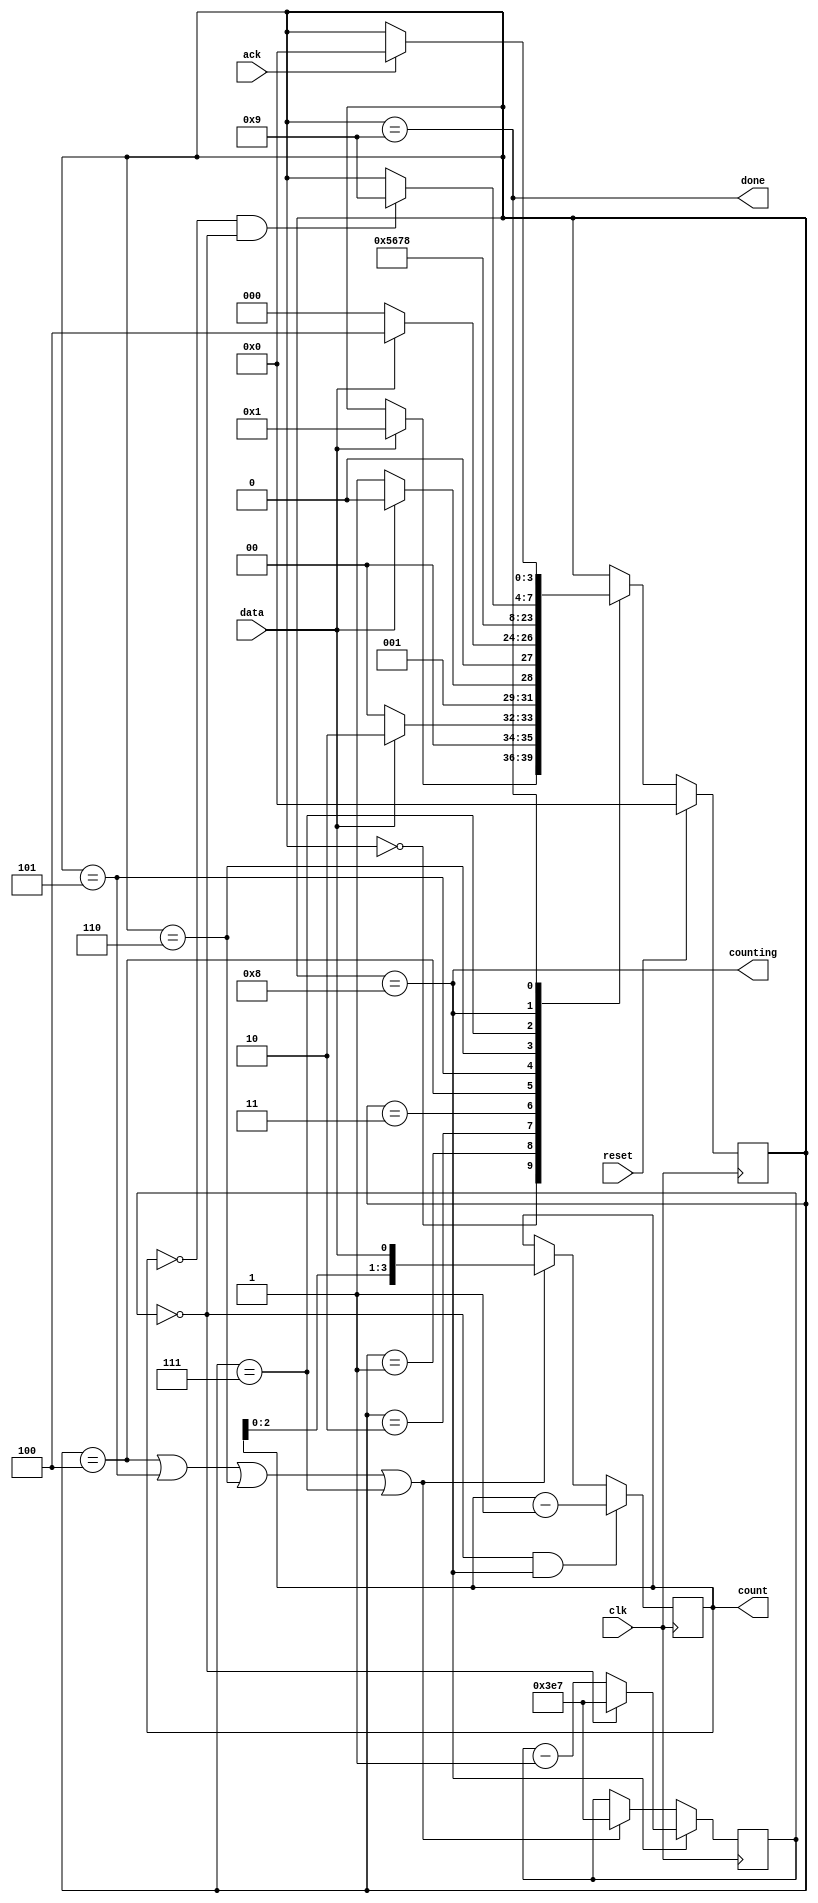
module top_module (
    input clk,
    input reset,      // Synchronous reset
    input data,
    output [3:0] count,
    output counting,
    output done,
    input ack );
    wire count_ena,count_ena1000,done_counting;
	parameter s0=0,s1=1,s11=2,s110=3,s1101=4,sh1=5,sh2=6,sh3=7,cn=8,dn=9;
    reg [3:0] state , next_state;
    always @(posedge clk)
        if(reset) state <= s0;
    	else state <= next_state;
    always @(*) begin
        next_state = state;
        case (state)
            s0:if(data) next_state = s1;
            s1:if(data) next_state = s11;else next_state = s0;
            s11:if (~data) next_state = s110; else next_state = s11;
            s110:if (data) next_state = s1101; else next_state = s0;
            s1101: next_state = sh1;
            sh1: next_state = sh2;
            sh2: next_state = sh3;
            sh3: next_state = cn;
            cn:if(done_counting) next_state = dn;
            dn:if(ack) next_state=s0;
        endcase
    end
    wire shift_ena;
    assign shift_ena = (state == s1101)|(state == sh1)|(state == sh2)|(state == sh3);
    assign counting = (state==cn);
    assign done = (state==dn);
    
	wire cnt_ena,cnt_ena1000;
    reg [3:0] cnt,next_cnt;
    always @(posedge clk) cnt <= next_cnt;
    assign next_cnt = count_ena?(cnt-1):(shift_ena?{cnt[2:0],data}:cnt);
    
    reg [9:0] cnt1000,next_cnt1000;
    always @(posedge clk) cnt1000 <= next_cnt1000;
    assign next_cnt1000 = count_ena1000?((cnt1000 == 0)?(1000-1):(cnt1000-1)):(shift_ena?(1000-1):cnt1000);
    
    assign count_ena = (cnt1000 == 0) & count_ena1000;
    assign count_ena1000 = counting;
    assign done_counting = (cnt == 0) & (cnt1000 == 0);
    
    assign count = cnt;
endmodule